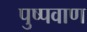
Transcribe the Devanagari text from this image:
पुष्पवाण